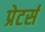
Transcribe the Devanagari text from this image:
प्रेटर्स